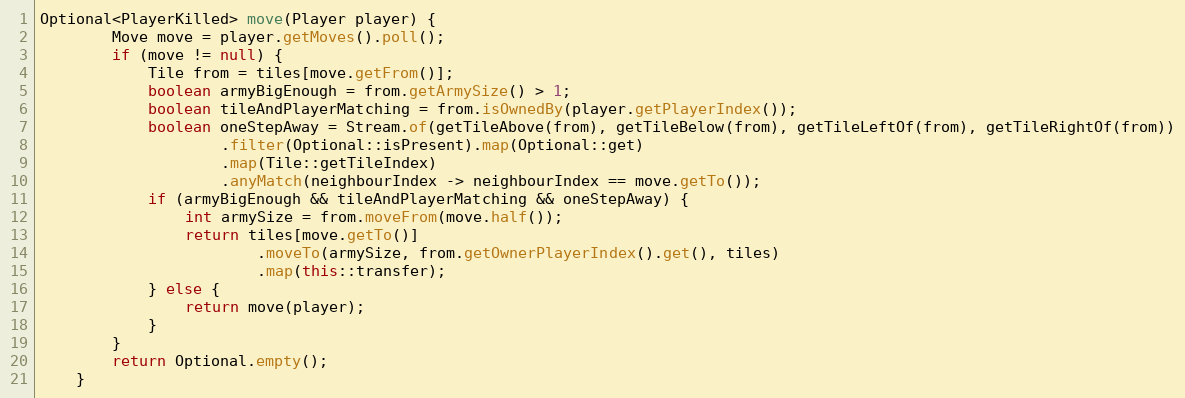
Language: Java
Optional<PlayerKilled> move(Player player) {
        Move move = player.getMoves().poll();
        if (move != null) {
            Tile from = tiles[move.getFrom()];
            boolean armyBigEnough = from.getArmySize() > 1;
            boolean tileAndPlayerMatching = from.isOwnedBy(player.getPlayerIndex());
            boolean oneStepAway = Stream.of(getTileAbove(from), getTileBelow(from), getTileLeftOf(from), getTileRightOf(from))
                    .filter(Optional::isPresent).map(Optional::get)
                    .map(Tile::getTileIndex)
                    .anyMatch(neighbourIndex -> neighbourIndex == move.getTo());
            if (armyBigEnough && tileAndPlayerMatching && oneStepAway) {
                int armySize = from.moveFrom(move.half());
                return tiles[move.getTo()]
                        .moveTo(armySize, from.getOwnerPlayerIndex().get(), tiles)
                        .map(this::transfer);
            } else {
                return move(player);
            }
        }
        return Optional.empty();
    }